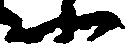
北